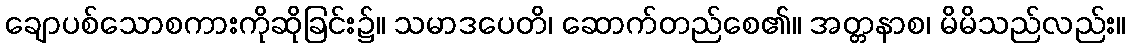
ချောပစ်သောစကားကိုဆိုခြင်း၌။ သမာဒပေတိ၊ ဆောက်တည်စေ၏။ အတ္တနာစ၊ မိမိသည်လည်း။